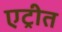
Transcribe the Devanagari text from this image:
एट्रीत